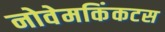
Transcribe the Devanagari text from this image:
नोवेमकिंकटस